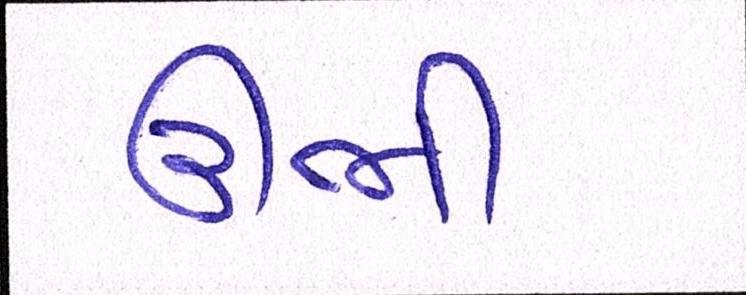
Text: ઊભી